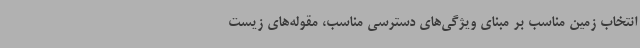
انتخاب زمین مناسب بر مبنای ویژگی‌های دسترسی مناسب، مقوله‌های زیست